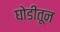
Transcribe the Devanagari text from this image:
घोडीतून